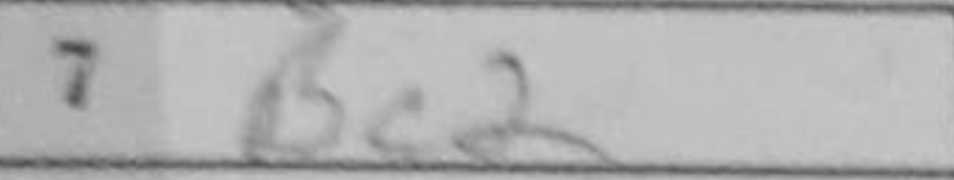
Transcription: Bc2